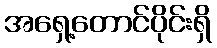
အရှေ့တောင်ပိုင်းရှိ